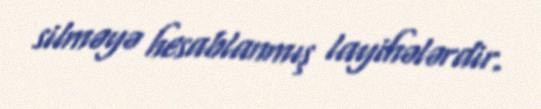
silməyə hesablanmış layihələrdir.